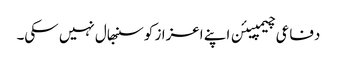
دفاعی چیمپیئن اپنے اعزاز کو سنبھال نہیں سکی۔